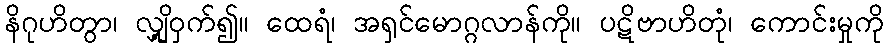
နိဂုဟိတွာ၊ လျှို့ဝှက်၍။ ထေရံ၊ အရှင်မောဂ္ဂလာန်ကို။ ပဋိဗာဟိတုံ၊ ကောင်းမှုကို